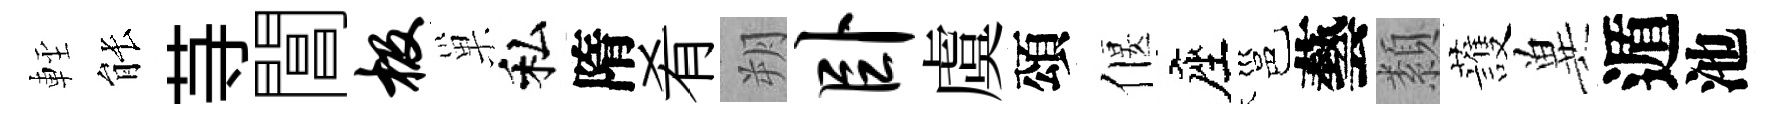
䡖䏻䒭閶极巢私隋肴朔卧虞頌偃座邕藝纇䕶兾遁池